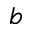
b